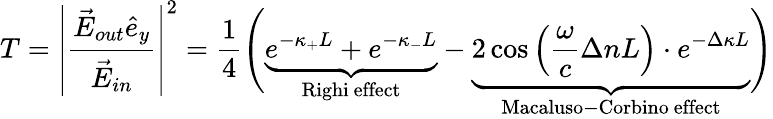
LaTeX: T=\left|\frac{\vec{E}_{out}\hat{e}_{y}}{\vec{E}_{in}}\right|^{2}=\frac{1}{4}\Biggl(\underbrace{e^{-\kappa_{+}L}+e^{-\kappa_{-}L}}_{\mathrm{Righi~effect}}-\underbrace{2\cos\left(\frac{\omega}{c}\Delta nL\right)\cdot e^{-\Delta\kappa L}}_{\mathrm{Macaluso-Corbino~effect}}\Biggr)